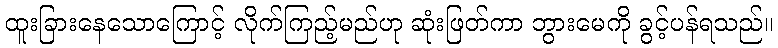
ထူးခြားနေသောကြောင့် လိုက်ကြည့်မည်ဟု ဆုံးဖြတ်ကာ ဘွားမေကို ခွင့်ပန်ရသည်။